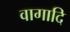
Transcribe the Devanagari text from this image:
वागादि